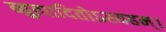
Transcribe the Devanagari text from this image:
व्युत्पादितोऽस्यहम्‌।